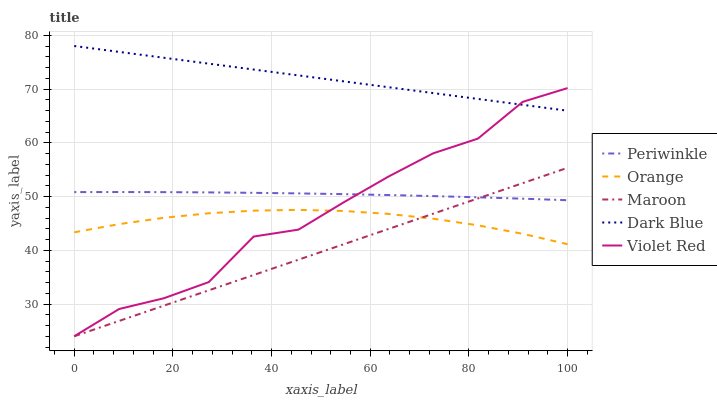
| xaxis_label | Periwinkle | Orange | Maroon | Dark Blue | Violet Red |
 | --- | --- | --- | --- | --- | --- |
 | 0 | 50.8 | 43.3 | 24 | 78 | 24 |
 | 9.09 | 50.8 | 44.9 | 26.8 | 76.9 | 29.1 |
 | 18.2 | 50.8 | 46 | 29.7 | 75.8 | 31.1 |
 | 27.3 | 50.8 | 46.9 | 32.5 | 74.7 | 34.1 |
 | 36.4 | 50.7 | 47.4 | 35.4 | 73.6 | 42.6 |
 | 45.5 | 50.6 | 47.5 | 38.2 | 72.5 | 43.8 |
 | 54.5 | 50.4 | 47.3 | 41.1 | 71.4 | 48.9 |
 | 63.6 | 50.3 | 46.8 | 43.9 | 70.3 | 53.7 |
 | 72.7 | 50.1 | 45.9 | 46.8 | 69.2 | 58 |
 | 81.8 | 49.9 | 44.6 | 49.6 | 68.2 | 60.8 |
 | 90.9 | 49.6 | 43.1 | 52.5 | 67.1 | 67.6 |
 | 100 | 49.3 | 41.1 | 55.3 | 66 | 70.2 |